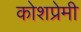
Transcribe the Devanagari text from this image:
कोशप्रेमी